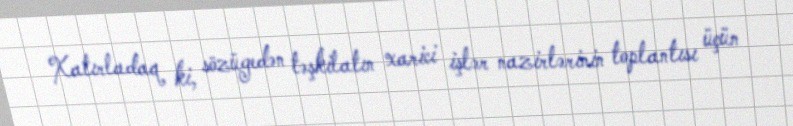
Xatırladaq ki, sözügedən təşkilatın xarici işlər nazirlərinin toplantısı üçün